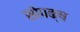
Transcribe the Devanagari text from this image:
सोपक्ष